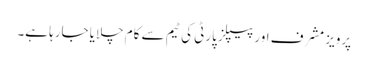
پرویز مشرف اور پیپلز پارٹی کی ٹیم سے کام چلایا جارہا ہے۔